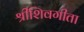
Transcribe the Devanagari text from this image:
श्रीशिवगीता